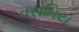
વસતિય